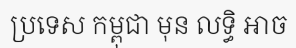
ប្រទេស កម្ពុជា មុន លទ្ធិ អាច